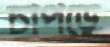
চাপড়ে